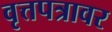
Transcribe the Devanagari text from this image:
वृत्तपत्रावर